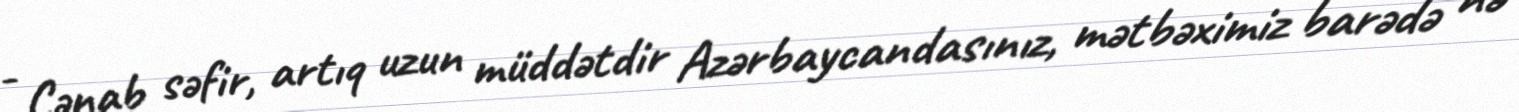
- Cənab səfir, artıq uzun müddətdir Azərbaycandasınız, mətbəximiz barədə nə